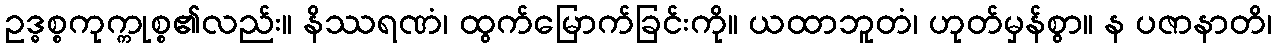
ဥဒ္ဓစ္စကုက္ကုစ္စ၏လည်း။ နိဿရဏံ၊ ထွက်မြောက်ခြင်းကို။ ယထာဘူတံ၊ ဟုတ်မှန်စွာ။ န ပဇာနာတိ၊